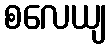
စလေယျ